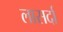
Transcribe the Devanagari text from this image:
लासर्दा